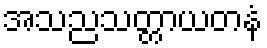
အသညသတ္တာယတနံ